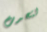
لتحدث